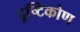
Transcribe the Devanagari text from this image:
द्दृष्टिकोण